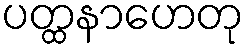
ပတ္ထနာဟေတု